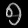
Digit: ၅